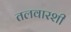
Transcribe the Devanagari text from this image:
तलवारशी